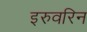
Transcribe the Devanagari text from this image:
इरुवरिन